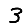
Digit: 3